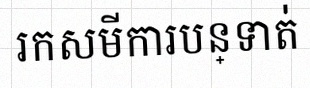
រកសមីការបន្ទាត់